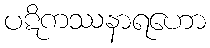
ပဋိကဿနာရဟော